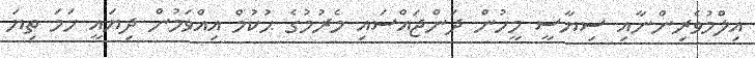
އިލްމުވެރިންނާއި ސިޔާސީ މީހުން ދަންޖައްސައި މެރުމުގެ ޙުކުމް އިއްވަމުން ދިޔައީ ހަމަ ތިޔަ